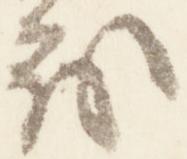
茂